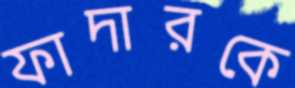
ফাদারকে